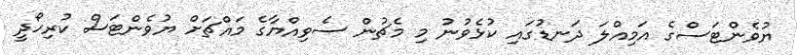
ޔުވެންޓަސްގެ އަމިއްލަ ދަނޑުގައި ކުޅެވުނު މި މެޗުން ސެވިއްޔާގެ މައްޗަށް ޔުވެންޓަސް ކުރިހޯދީ